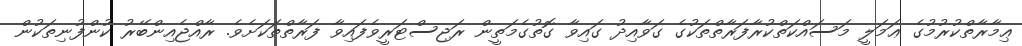
ޢިމާރާތްކުރުމުގެ ޢަމަލީ މަސައްކަތްކުރާފަރާތްތަކުގެ ގަވާއިދު ގައިވާ ގޮތުގެމަތީން ރަޖިސްޓަރީވެފައިވާ ފަރާތްތަކަށެވެ. ރާއްޖެއިންބޭރު ކުންފުނިތަކުން